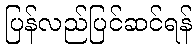
ပြန်လည်ပြင်ဆင်ရန်